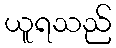
ယူရသည်